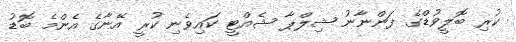
ކުރި ބޮލީވުޑްގެ ފަންނާނު ޝިލްޕާ ޝެއްޓީ ކައިވެނި ކުރީ އޭނާގެ އެންމެ ބޮޑު